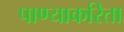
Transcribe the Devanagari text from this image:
पाण्याकरिता